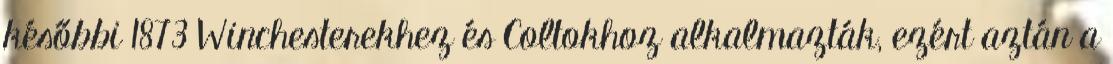
későbbi 1873 Winchesterekhez és Coltokhoz alkalmazták, ezért aztán a